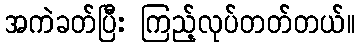
အကဲခတ်ပြီး ကြည့်လုပ်တတ်တယ်။